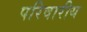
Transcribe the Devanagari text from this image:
परिवारीय